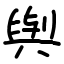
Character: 𫟋